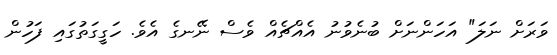
ވަރަށް ނަލަ" އަހަންނަށް ބުނެވުނު އެއްޗެއް ވެސް ނޭނގެ އެވެ. ހަގީގަތުގައި ފަހުން